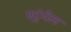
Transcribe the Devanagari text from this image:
स्टुंपेल